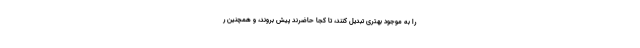
را به موجود بهتری تبدیل کنند، تا کجا حاضرند پیش بروند، و همچنین ر